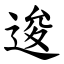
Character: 逡